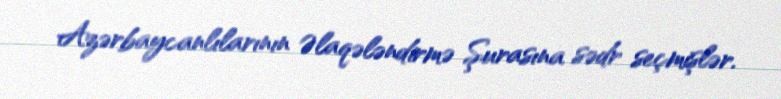
Azərbaycanlılarının Əlaqələndirmə Şurasına sədr seçmişlər.